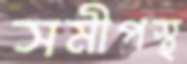
সমীপস্থ